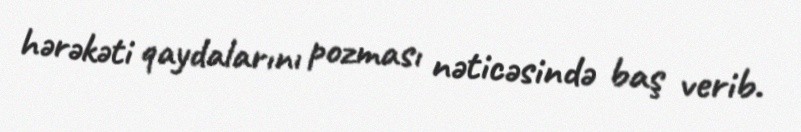
hərəkəti qaydalarını pozması nəticəsində baş verib.